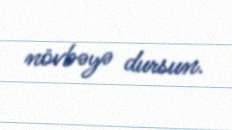
növbəyə dursun.